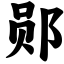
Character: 郧